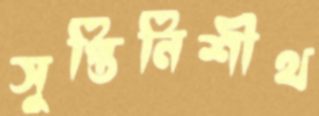
সুপ্তিনিশীথ